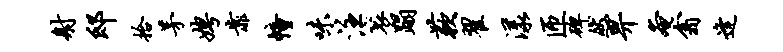
射邸拾茅娉靠幢味注衮蹋蔌翟漾匝碑然畀奄翕逢